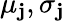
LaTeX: \mu_{\mathbf{j}},\sigma_{\mathbf{j}}